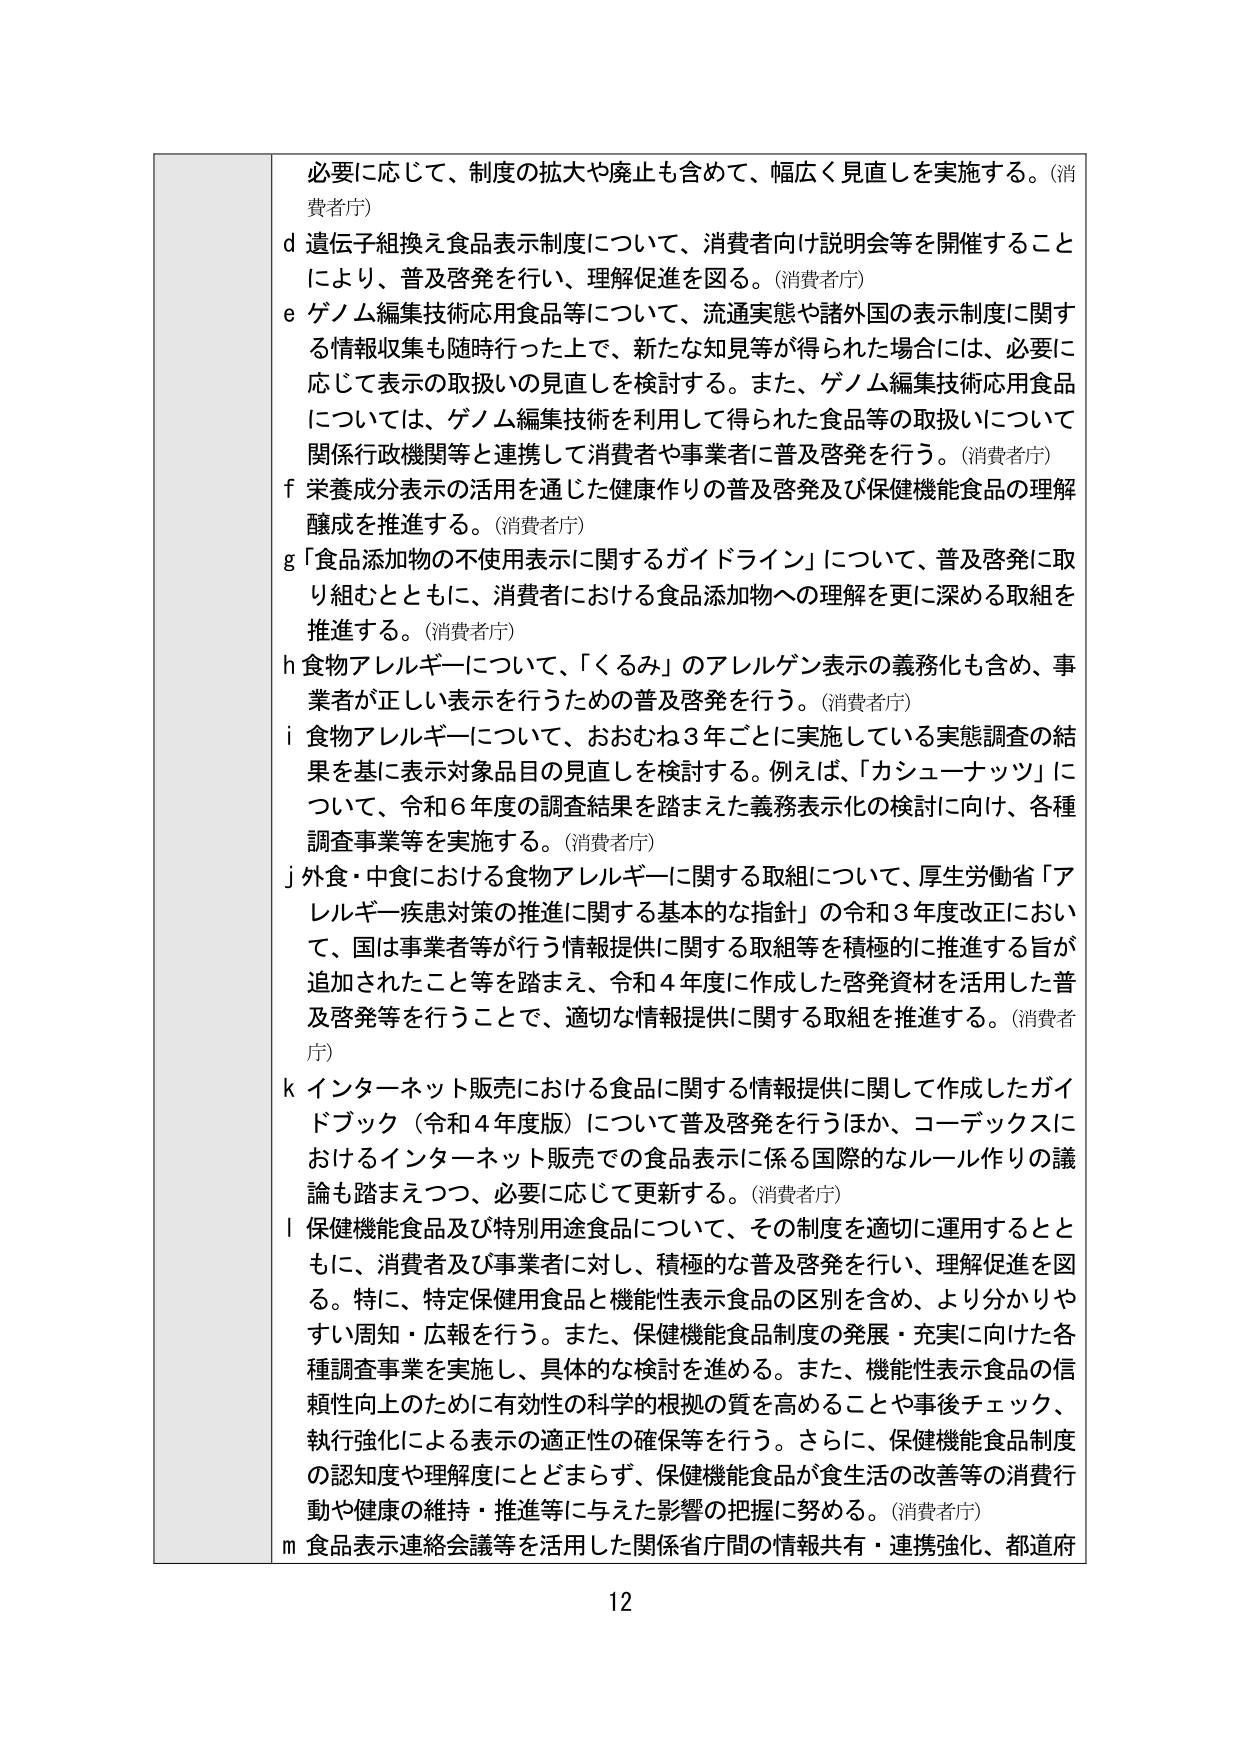
必要に応じて、制度の拡大や廃止も含めて、幅広く見直しを実施する。(消費者庁)
d 遺伝子組換え食品表示制度について、消費者向け説明会等を開催することにより、普及啓発を行い、理解促進を図る。(消費者庁)
e ゲノム編集技術応用食品等について、流通実態や諸外国の表示制度に関する情報収集も随時行った上で、新たな知見等が得られた場合には、必要に応じて表示の取扱いの見直しを検討する。また、ゲノム編集技術応用食品については、ゲノム編集技術を利用して得られた食品等の取扱いについて関係行政機関等と連携して消費者や事業者に普及啓発を行う。(消費者庁)
f 栄養成分表示の活用を通じた健康作りの普及啓発及び保健機能食品の理解醸成を推進する。(消費者庁)
g 「食品添加物の不使用表示に関するガイドライン」について、普及啓発に取り組むとともに、消費者における食品添加物への理解を更に深める取組を推進する。(消費者庁)
h 食物アレルギーについて、「くるみ」のアレルゲン表示の義務化も含め、事業者が正しい表示を行うための普及啓発を行う。(消費者庁)
i 食物アレルギーについて、おおむね3年ごとに実施している実態調査の結果を基に表示対象品目の見直しを検討する。例えば、「カシューナッツ」について、令和6年度の調査結果を踏まえた義務表示化の検討に向け、各種調査事業等を実施する。(消費者庁)
j 外食・中食における食物アレルギーに関する取組について、厚生労働省「アレルギー疾患対策の推進に関する基本的な指針」の令和3年度改正において、国は事業者等が行う情報提供に関する取組等を積極的に推進する旨が追加されたこと等を踏まえ、令和4年度に作成した啓発資料を活用した普及啓発等を行うことで、適切な情報提供に関する取組を推進する。(消費者庁)
k インターネット販売における食品に関する情報提供に関して作成したガイドブック（令和4年度版）について普及啓発を行うほか、コーデックスにおけるインターネット販売での食品表示に係る国際的なルール作りの議論も踏まえつつ、必要に応じて更新する。(消費者庁)
l 保健機能食品及び特別用途食品について、その制度を適切に運用するとともに、消費者及び事業者に対し、積極的な普及啓発を行い、理解促進を図る。特に、特定保健用食品と機能性表示食品の区別を含め、より分かりやすい周知・広報を行う。また、保健機能食品制度の発展・充実に向けた各種調査事業を実施し、具体的な検討を進める。また、機能性表示食品の信頼性向上のために有効性の科学的根拠の質を高めることや事後チェック、執行強化による表示の適正性の確保等を行う。さらに、保健機能食品制度の認知度や理解度にとどまらず、保健機能食品が食生活の改善等の消費行動や健康の維持・推進等に与えた影響の把握に努める。(消費者庁)
m 食品表示連絡会議等を活用した関係省庁間の情報共有・連携強化、都道府
12